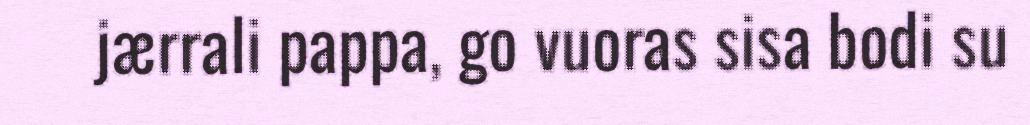
jærrali pappa, go vuoras sisa bodi su